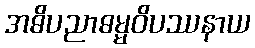
အဓိပညာဓမ္မဝိပဿနာယ